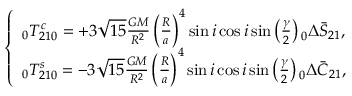
\left\{ \begin{array} { c } { \phantom { } _ { 0 } T _ { 2 1 0 } ^ { c } = + 3 \sqrt { 1 5 } \frac { G M } { R ^ { 2 } } \left( \frac { R } { a } \right) ^ { 4 } \sin i \cos i \sin \left( \frac { \gamma } { 2 } \right) \phantom { } _ { 0 } \Delta \bar { S } _ { 2 1 } , } \\ { \phantom { } _ { 0 } T _ { 2 1 0 } ^ { s } = - 3 \sqrt { 1 5 } \frac { G M } { R ^ { 2 } } \left( \frac { R } { a } \right) ^ { 4 } \sin i \cos i \sin \left( \frac { \gamma } { 2 } \right) \phantom { } _ { 0 } \Delta \bar { C } _ { 2 1 } , } \end{array} \right.